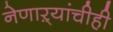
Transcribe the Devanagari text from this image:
नेणाऱ्यांचीही